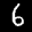
Label: 6